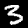
Digit: 3